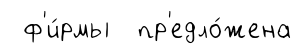
ф'и́рмы пр'едло́жена